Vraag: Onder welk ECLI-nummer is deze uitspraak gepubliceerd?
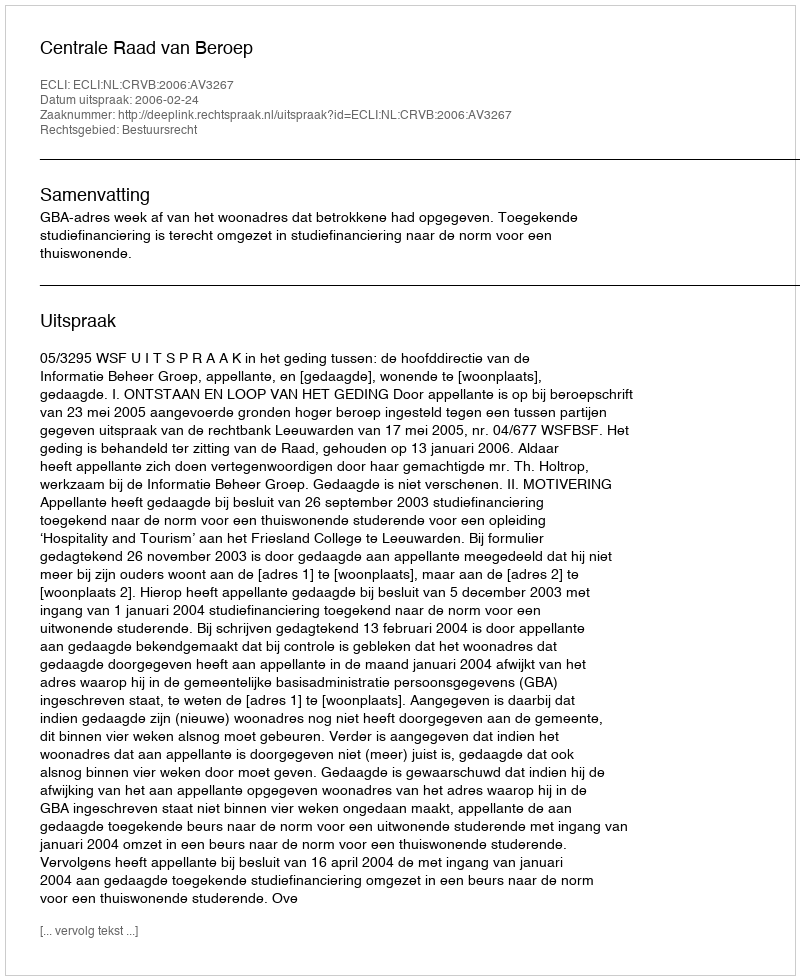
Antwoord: ECLI:NL:CRVB:2006:AV3267